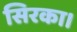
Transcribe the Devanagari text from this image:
सिरका।